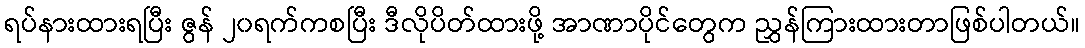
ရပ်နားထားရပြီး ဇွန် ၂၀ရက်ကစပြီး ဒီလိုပိတ်ထားဖို့ အာဏာပိုင်တွေက ညွှန်ကြားထားတာဖြစ်ပါတယ်။